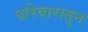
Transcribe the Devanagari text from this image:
परिवारातुन